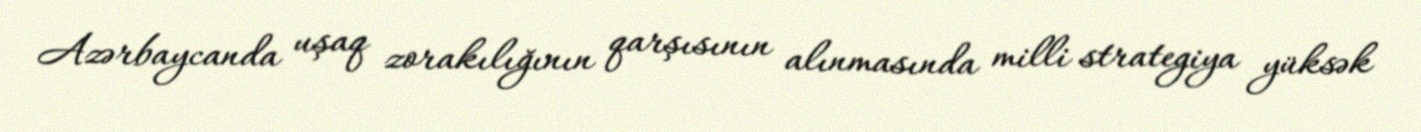
Azərbaycanda uşaq zorakılığının qarşısının alınmasında milli strategiya yüksək